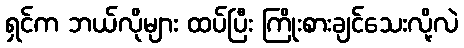
ရှင်က ဘယ်လိုများ ထပ်ပြီး ကြိုးစားချင်သေးလို့လဲ